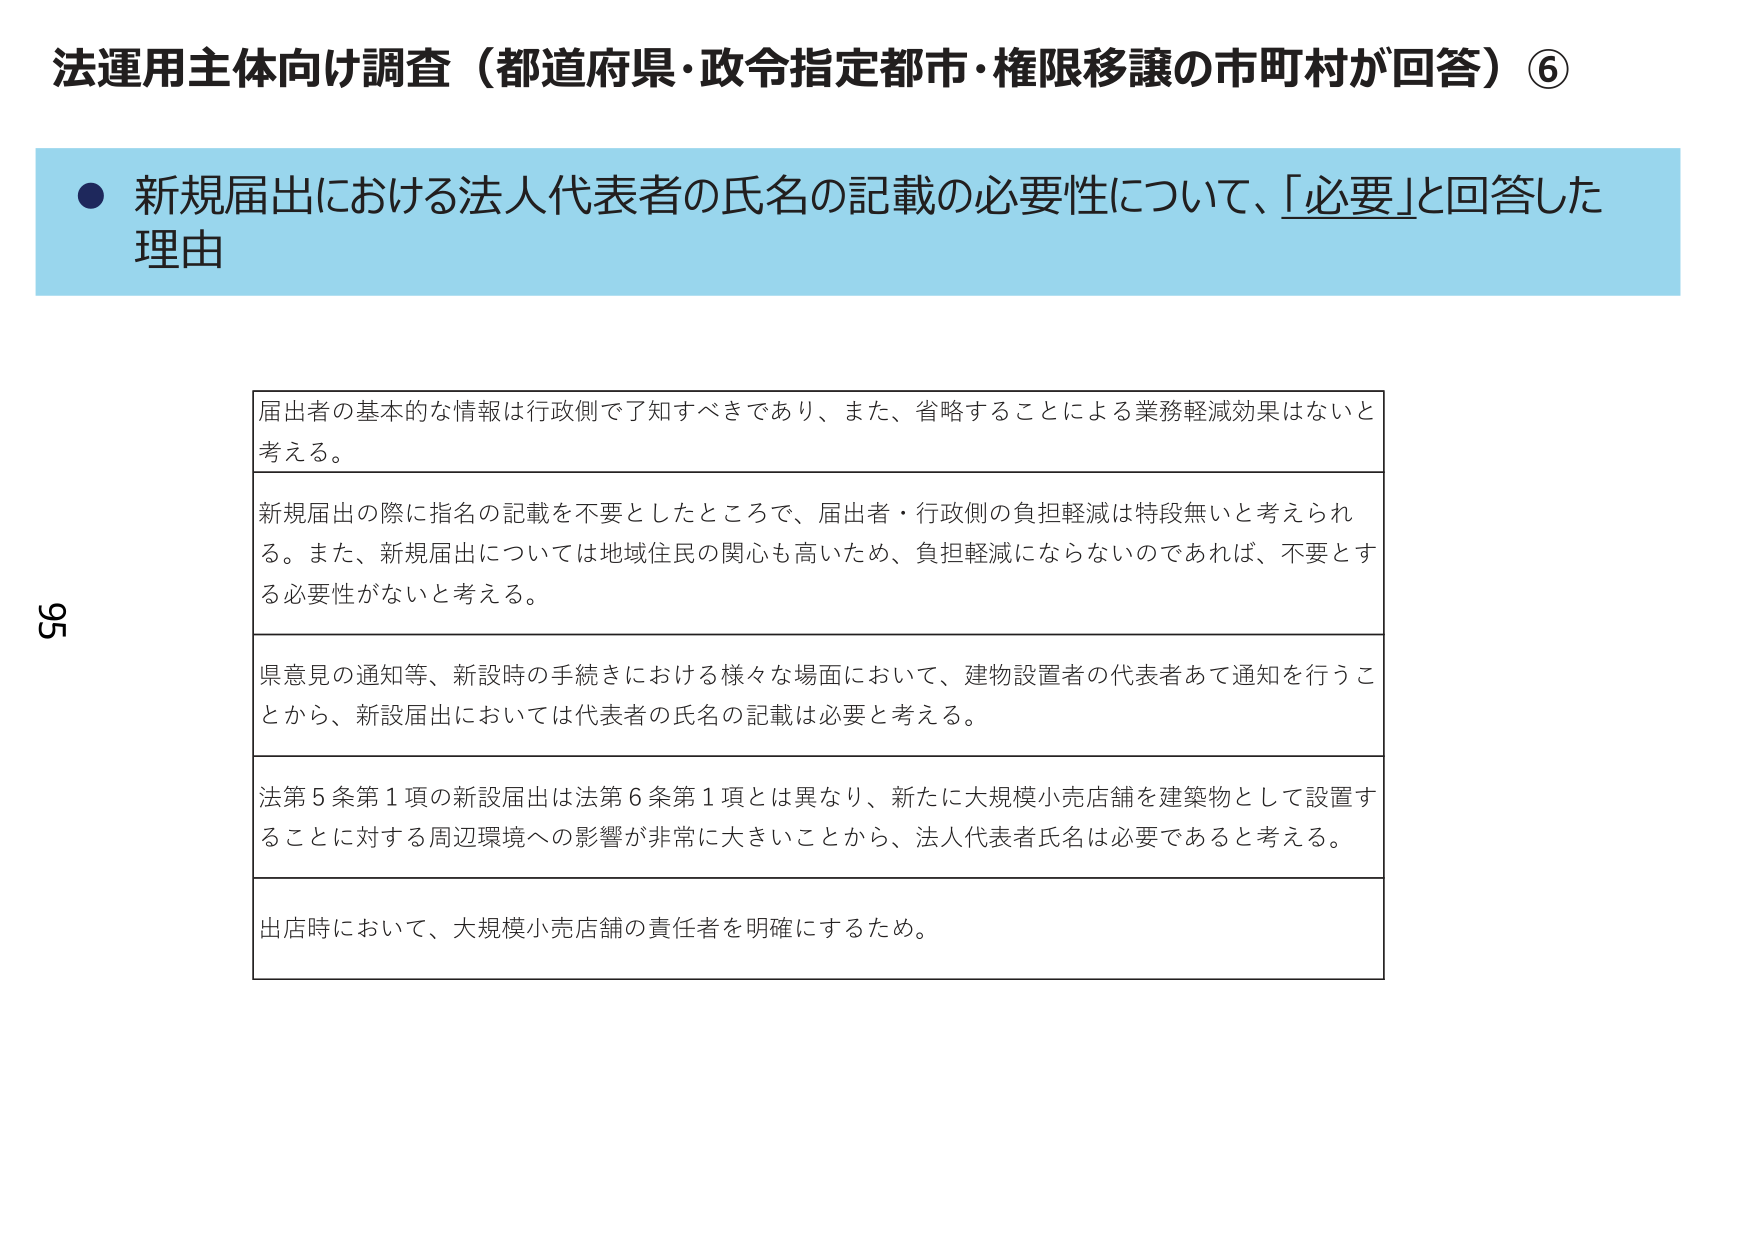
法運用主体向け調査（都道府県・政令指定都市・権限移譲の市町村が回答）⑥

● 新規届出における法人代表者の氏名の記載の必要性について、「必要」と回答した理由

届出者の基本的な情報は行政側で了知すべきであり、また、省略することによる業務軽減効果はないと考える。

新規届出の際に指名の記載を不要としたところで、届出者・行政側の負担軽減は特段無いと考えられる。また、新規届出については地域住民の関心も高いため、負担軽減にならないのであれば、不要とする必要性がないと考える。

県意見の通知等、新設時の手続きにおける様々な場面において、建物設置者の代表者あて通知を行うことから、新設届出においては代表者の氏名の記載は必要と考える。

法第5条第1項の新設届出は法第6条第1項とは異なり、新たに大規模小売店舗を建築物として設置することに対する周辺環境への影響が非常に大きいことから、法人代表者氏名は必要であると考える。

出店時において、大規模小売店舗の責任者を明確にするため。

95